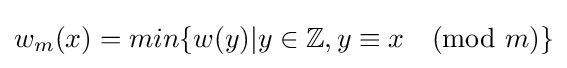
w_{m}(x)=min\{w(y)|y\in \mathbb {Z} ,y\equiv x{\pmod {m}}\}